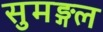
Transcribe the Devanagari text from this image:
सुमङ्गल